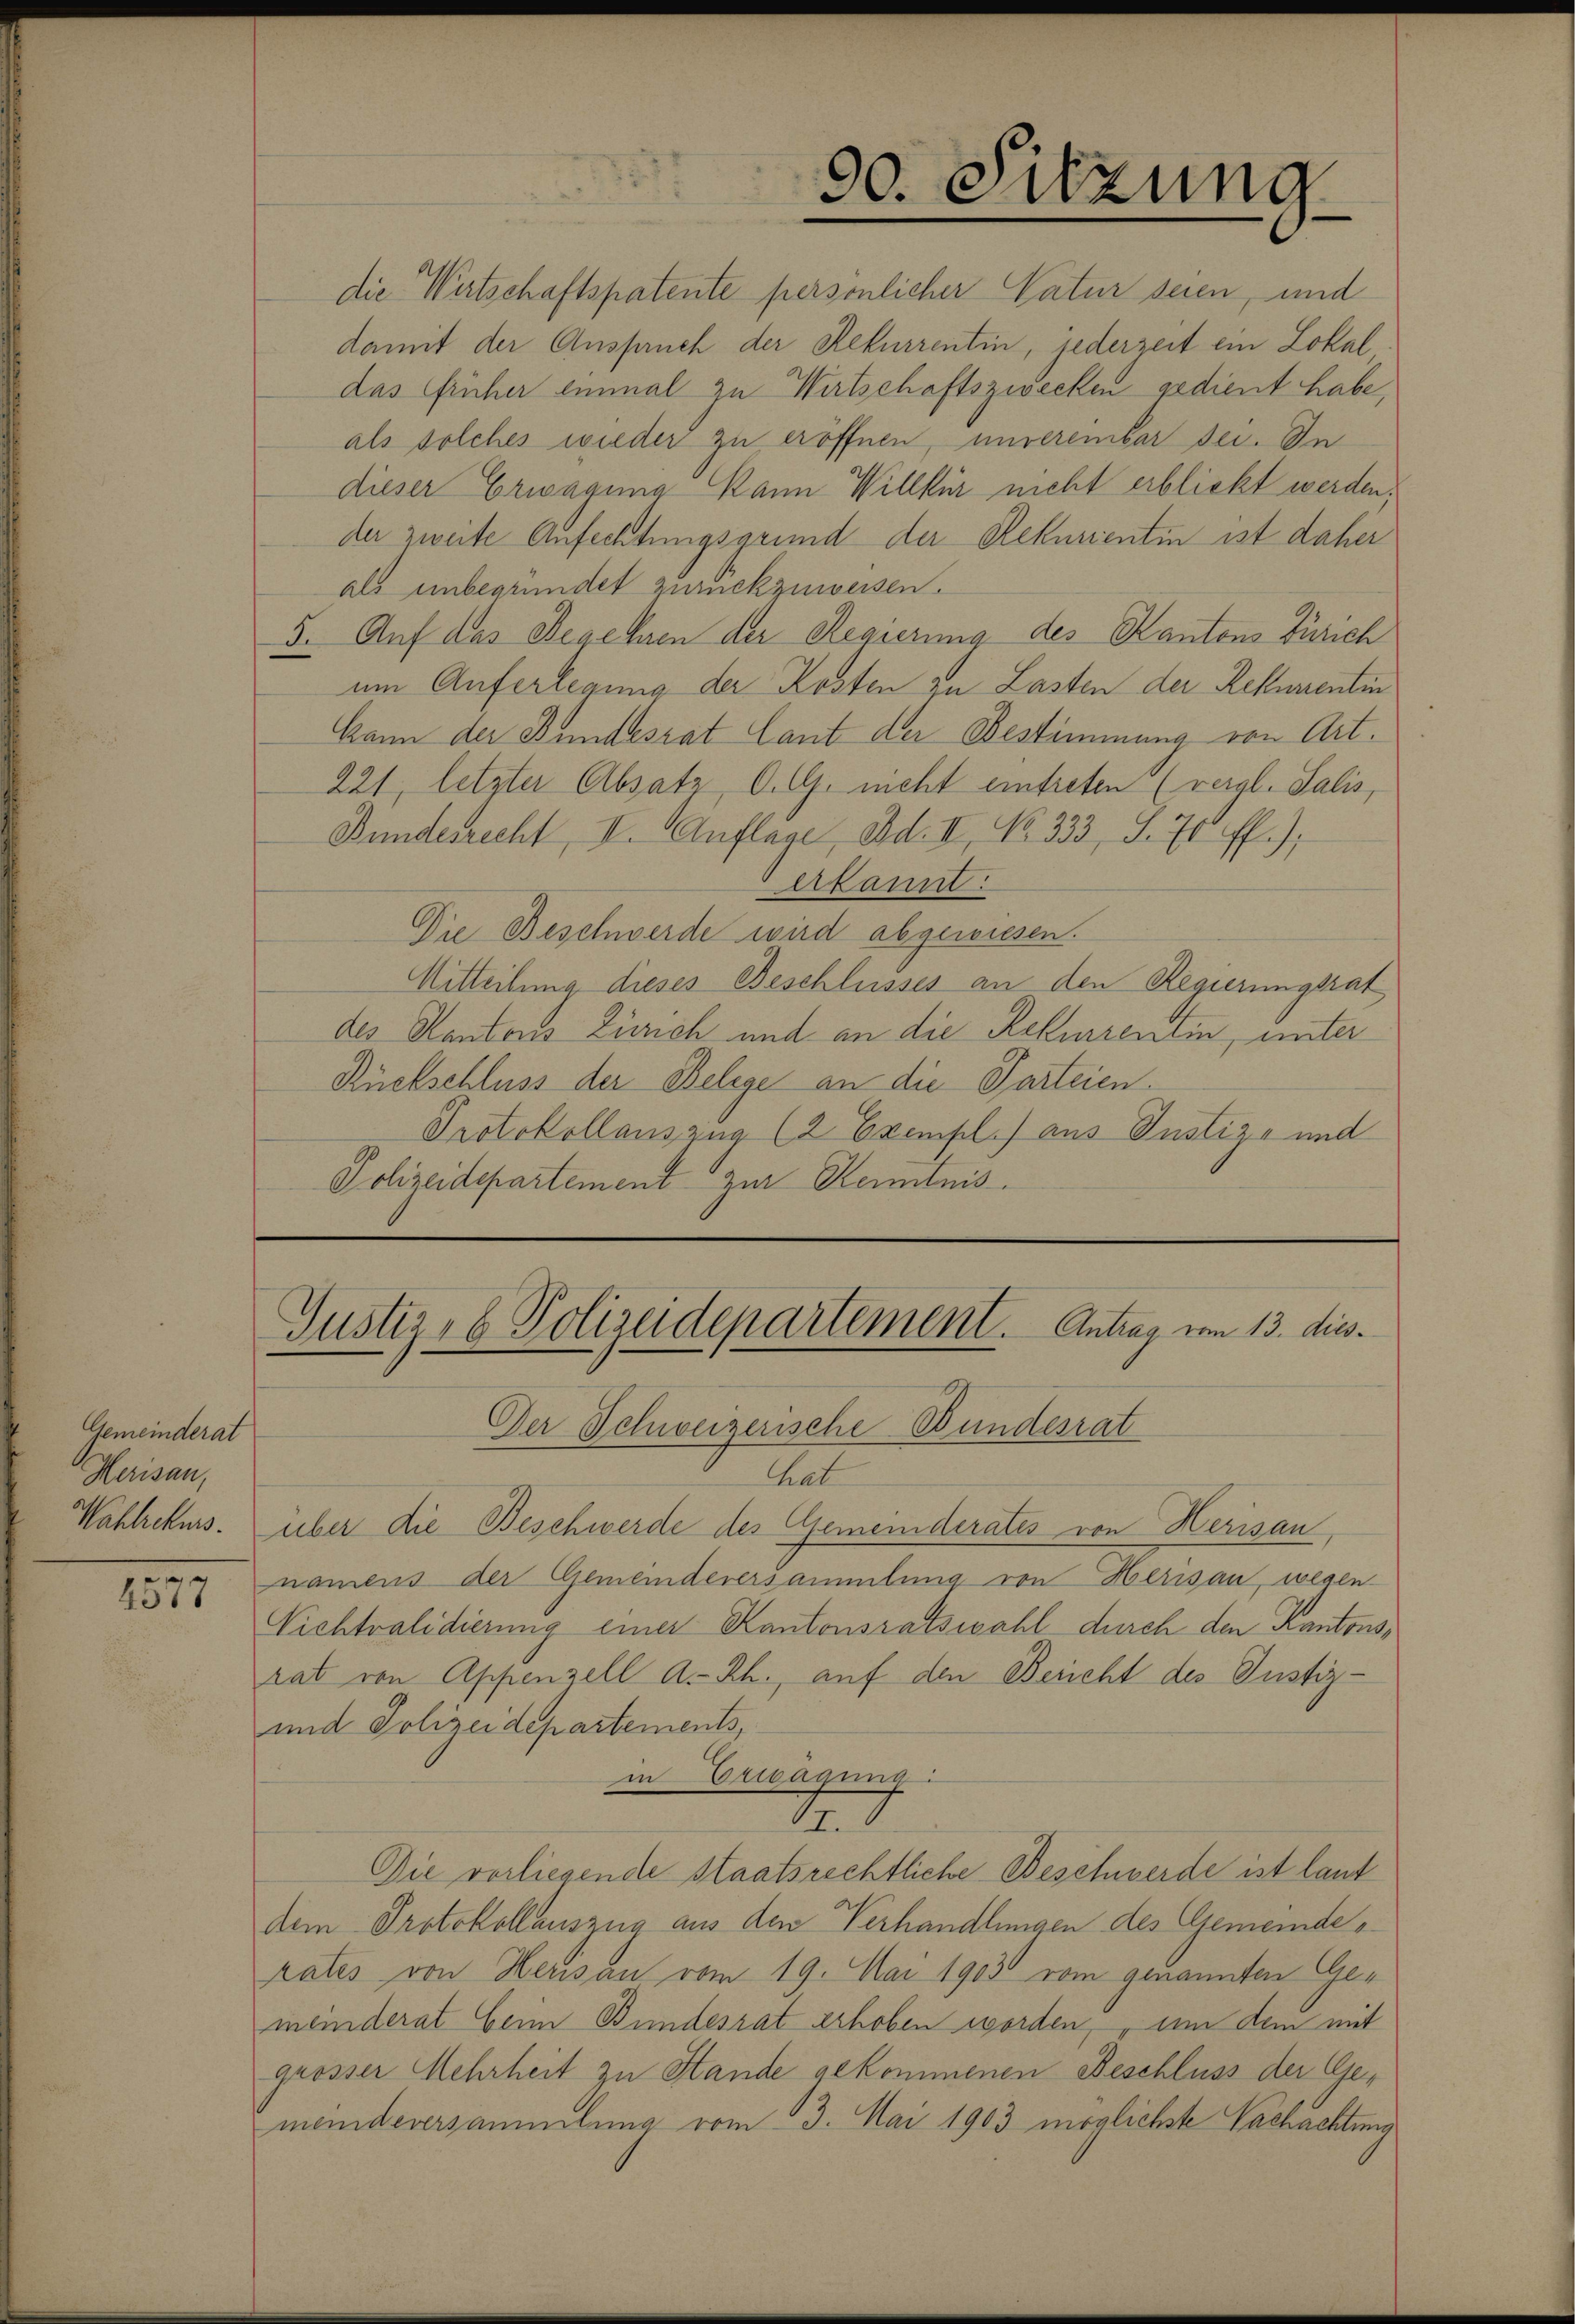
Gemeinderat
Herisau,
Wahlrekurs.

e
2377

90. Sitzung

die Wirtschaftspatente persönlicher Natur seien, und
damit der Anspruch der Rekurrentin, jederzeit ein Lokal
das früher einmal zu Wirtschaftszwecken gedient habe,
als solches wieder zu eröffnen, unvereinbar sei. In
dieser Erwägung kann Willkür nicht erblickt werden,
der zweite Anfechtungsgrund der Rekurientin ist daher
als unbegründet zurückzuweisen.
5. Auf das Begehren der Regierung des Kantons Zürich
um Auferlegung der Kosten zu Lasten der Rekurrentin
kann der Bundesrat laut der Bestimmung von Art.
221, letzter Absatz, O. G. nicht eintreten (vergl. Salis,
Bundesrecht, II. Auflage, Bd. II, No 333, S. 70 ff.)
Verkannt.
Die Beschwerde wird abgewiesen.
Mitteilung dieses Beschlusses an den Regierungsrat
des Kantons Zürich und an die Rekurrentin, unter
Rückschluss der Belege an die Parteien
Protokollauszug (2 Exempl.) aus Justiz- und
Polizeidepartement zur Kenntnis.

Justiz- & Polizeidepartement. Antrag vom 13. dies¬

Der Schweizerische Bundesrat
hat
über die Beschwerde des Gemeinderates von Herisau,
namens der Gemeindeversammlung von Herisau, wegen
Vichtvalidierung einer Kantonsratswahl durch den Kantonsrat von Appenzell A.-Rh., auf den Bericht des Justiz-
und Polizeidepartements,
in Erwägung
17.6.
Die vorliegende Staatsrechtliche Beschwerde ist laut
dem Protokollauszug aus den Verhandlungen des Gemeinderates von Herisau vom 19. Mai 1903 vom genannten Gemeinderat beim Bundesrat erhoben worden, um dem mit
grosser Mehrheit zu Stande gekommenen Beschluss der Gemeindeversammlung vom 23. Mai 1903 möglichste Nachachtung